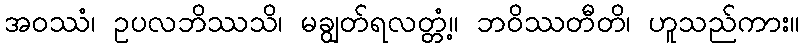
အဝဿံ၊ ဥပလဘိဿသိ၊ မချွတ်ရလတ္တံ့။ ဘဝိဿတီတိ၊ ဟူသည်ကား။